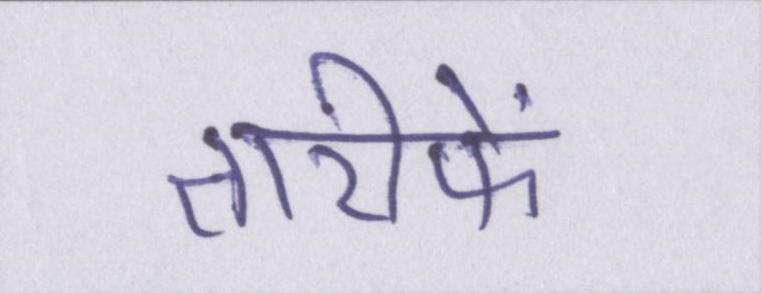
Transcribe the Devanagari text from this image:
तारीफें